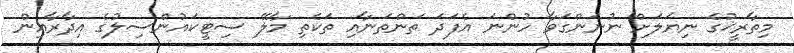
މިތާރީޚުގެ ނިޔަލަށް ނުނަންގަވާ ހުންނަ އެފަދަ ތަންތަނާއި ތަކެތި މާލޭ ސިޓީކައުންސިލުގެ އިދާރާއިން